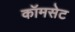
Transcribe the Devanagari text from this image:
कॉमसेट